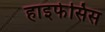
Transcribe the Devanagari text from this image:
हाइफेसिस